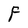
Character: F